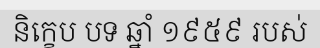
និក្ខេប បទ ឆ្នាំ ១៩៥៩ របស់